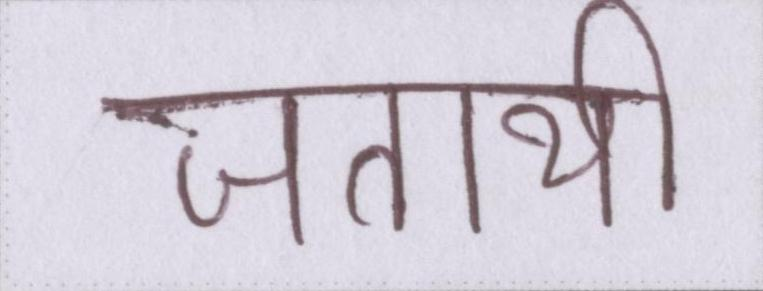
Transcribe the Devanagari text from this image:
जतायी